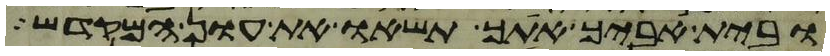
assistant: ובית אביך אתך תשאו את עון המקדש